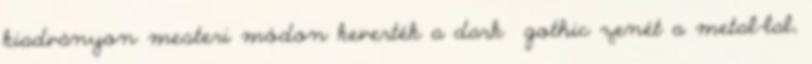
kiadványon mesteri módon keverték a dark gothic zenét a metal-lal,